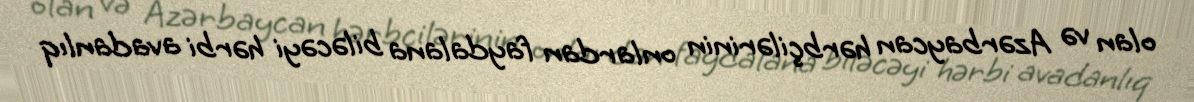
olan və Azərbaycan hərbçilərinin onlardan faydalana biləcəyi hərbi avadanlıq